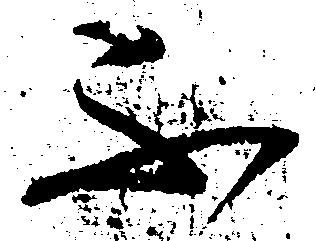
不